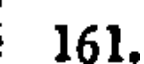
161.